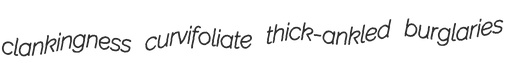
clankingness curvifoliate thick-ankled burglaries